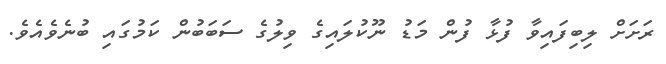
ރަށަށް ލިބިފައިވާ ފުޅާ ފުން މަޑު ނޫކުލައިގެ ވިލުގެ ސަބަބުން ކަމުގައި ބުނެވެއެވެ.